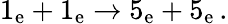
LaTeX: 1_{\mathrm{e}}+1_{\mathrm{e}}\rightarrow 5_{\mathrm{e}}+5_{\mathrm{e}}\, .